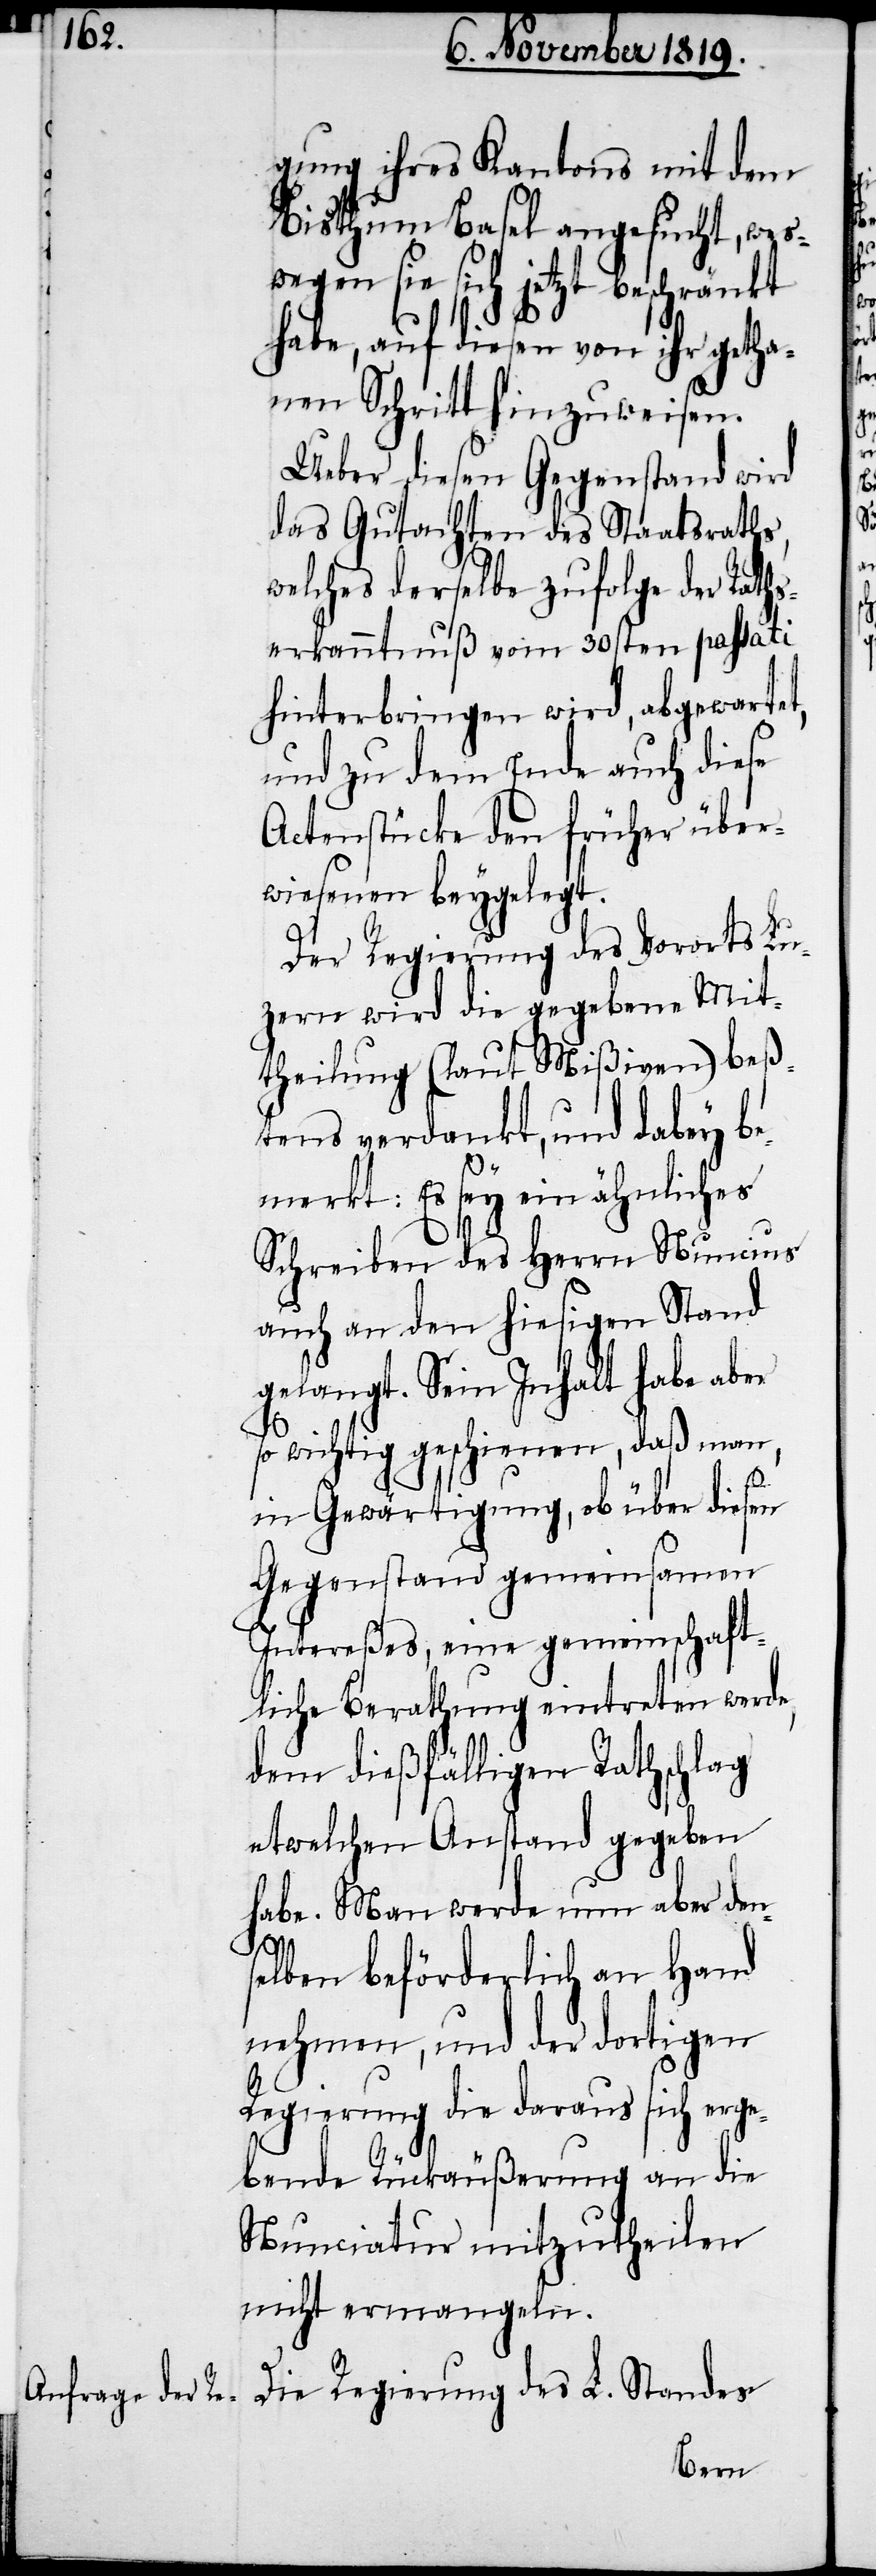
gung ihres Kantons mit dem
Bisthum Basel angesucht, wes¬
sie sich jetzt beschränkt
habe, auf diesen von ihr getha¬
nen Schritt hinzuweisen.
Ueber diesen Gegenstand wird
das Gutachten des Staatsraths,
welches derselbe zufolge der Raths¬
erkanntnuß vom 30sten passati
hinterbringen wird, abgewertet,
und zu dem Ende auch diese
Actenstücke den früher über¬
wiesenen beygelegt.
Der Regierung des Vororts Lu¬
zern wird die gegebene Mit¬
theilung (laut Mißiven) beß¬
tens verdankt, und dabey be¬
merkt: Es sey ein ähnliches
Schreiben des Herrn Nuncius
auch an den hiesigen Stand
gelangt. Sein Inhalt habe aber
so wichtig geschienen, daß man,
in Gewärtigung, ob über diesen
Gegenstand gemeinsamen
Intereßes, eine gemeinschaft¬
liche Berathung eintreten werde,
dem dießfälligen Rathschlag
etwelchen Anstand gegeben
habe. Man werde nun aber den¬
selben beförderlich an Hand
nehmen, und der dortigen
Regierung die daraus sich erge¬
bende Rückäußerung an die
Nunicatur mitzutheilen
nicht ermangeln.
Die Regierung des L. Standes
wegen